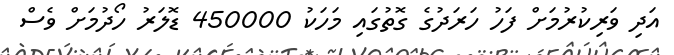
އަދި ވަރިކުރުމަށް ފަހު ހަރަދުގެ ގޮތުގައި މަހަކު 450000 ޑޮލަރު ހޯދުމަށް ވެސް